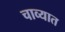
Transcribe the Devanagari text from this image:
चाव्यात